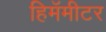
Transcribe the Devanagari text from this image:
हिमॅमीटर